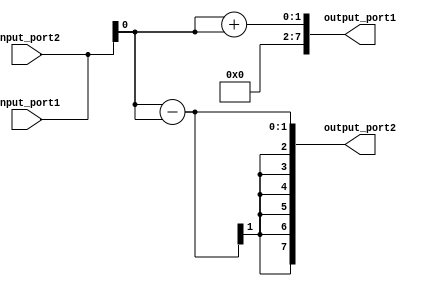
module test_case_generator (
  input wire [7:0] input_port1,
  input wire [7:0] input_port2,
  output reg [7:0] output_port1,
  output reg [7:0] output_port2
);

always @* begin
  // Randomly select input values for input ports
  input_port1 = $random;
  input_port2 = $random;

  // Specify the range of possible input values for each input port
  
  // Desired output values for each output port
  output_port1 = input_port1 + input_port2;
  output_port2 = input_port1 - input_port2;

  // Mechanism for checking output values against expected values
  if(output_port1 != (input_port1 + input_port2)) begin
    $display("Error: output_port1 incorrect");
  end

  if(output_port2 != (input_port1 - input_port2)) begin
    $display("Error: output_port2 incorrect");
  end

  // Additional features such as resetting the design and checking for errors
  // Reset design before each test case

end

endmodule